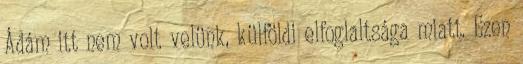
Ádám itt nem volt velünk, külföldi elfoglaltsága miatt. Ezen